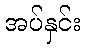
အပ်နှင်း